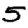
Digit: 5